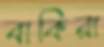
বাকিরা